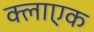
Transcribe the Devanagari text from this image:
क्लाएक